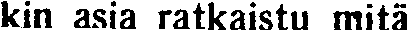
kin asia ratkaistu mitä